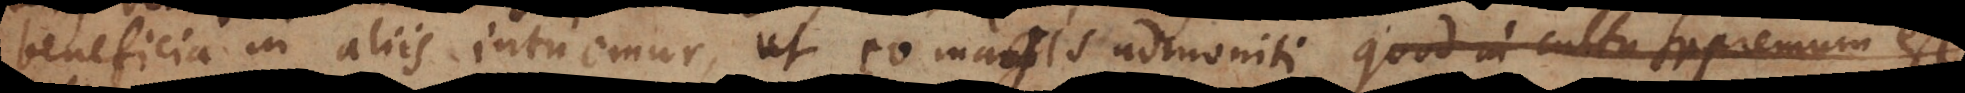
beneficia in aliis intuemur, ut eo magis admoniti cultum in